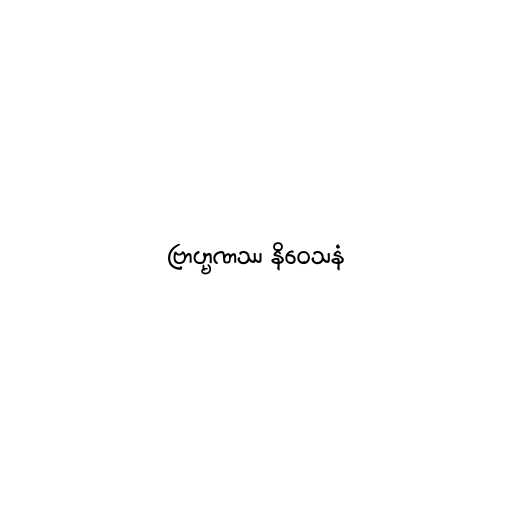
ဗြာဟ္မဏဿ နိဝေသနံ